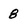
Character: 8